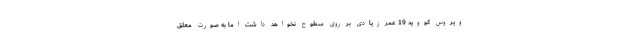
ویروس کووید 19 عمر زیادی بر روی سطوح نخواهد داشت اما به صورت معلق